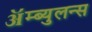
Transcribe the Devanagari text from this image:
ॲम्ब्युलन्स